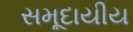
સમૂદાયીય